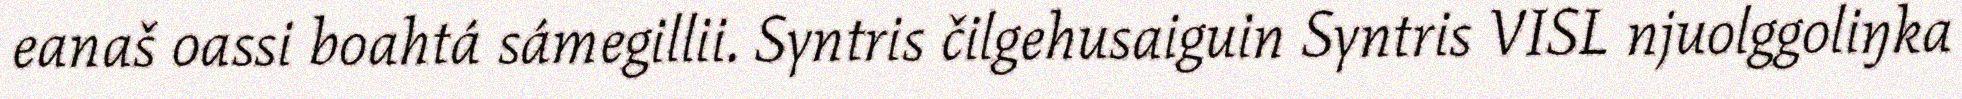
eanaš oassi boahtá sámegillii. Syntris čilgehusaiguin Syntris VISL njuolggoliŋka